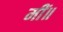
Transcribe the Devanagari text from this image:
मीं॥